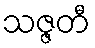
သဇ္ဇတီ